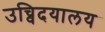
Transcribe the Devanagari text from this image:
उच्विदयालय